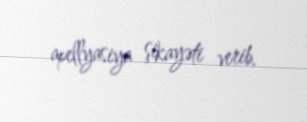
apellyasiya şikayəti verib.